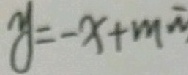
y = - x + m \overline { n }